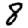
Digit: 8